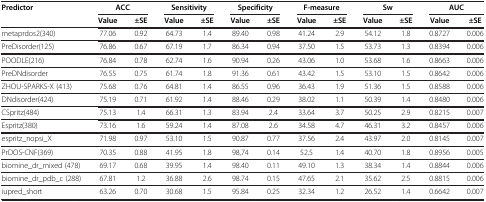
<table><thead><tr><td><b>Predictor</b></td><td colspan="2"><b>ACC</b></td><td colspan="2"><b>Sensitivity</b></td><td colspan="2"><b>Specificity</b></td><td colspan="2"><b>F-measure</b></td><td colspan="2"><b>Sw</b></td><td colspan="2"><b>AUC</b></td></tr><tr><td><b> </b></td><td><b>Value</b></td><td><b>±SE</b></td><td><b>Value</b></td><td><b>±SE</b></td><td><b>Value</b></td><td><b>±SE</b></td><td><b>Value</b></td><td><b>±SE</b></td><td><b>Value</b></td><td><b>±SE</b></td><td><b>Value</b></td><td><b>±SE</b></td></tr></thead><tbody><tr><td>metaprdos2(340)</td><td>77.06</td><td>0.92</td><td>64.73</td><td>1.4</td><td>89.40</td><td>0.98</td><td>41.24</td><td>2.9</td><td>54.12</td><td>1.8</td><td>0.8727</td><td>0.006</td></tr><tr><td>PreDisorder(125)</td><td>76.86</td><td>0.67</td><td>67.19</td><td>1.7</td><td>86.34</td><td>0.94</td><td>37.50</td><td>1.5</td><td>53.73</td><td>1.3</td><td>0.8394</td><td>0.006</td></tr><tr><td>POODLE(216)</td><td>76.84</td><td>0.78</td><td>62.74</td><td>1.6</td><td>90.94</td><td>0.26</td><td>43.06</td><td>1.0</td><td>53.68</td><td>1.6</td><td>0.8663</td><td>0.006</td></tr><tr><td>PreDNdisorder</td><td>76.55</td><td>0.75</td><td>61.74</td><td>1.8</td><td>91.36</td><td>0.61</td><td>43.42</td><td>1.5</td><td>53.10</td><td>1.5</td><td>0.8642</td><td>0.006</td></tr><tr><td>ZHOU-SPARKS-X (413)</td><td>75.68</td><td>0.76</td><td>64.81</td><td>1.4</td><td>86.55</td><td>0.96</td><td>36.43</td><td>1.9</td><td>51.36</td><td>1.5</td><td>0.8588</td><td>0.006</td></tr><tr><td>DNdisorder(424)</td><td>75.19</td><td>0.71</td><td>61.92</td><td>1.4</td><td>88.46</td><td>0.29</td><td>38.02</td><td>1.1</td><td>50.39</td><td>1.4</td><td>0.8480</td><td>0.006</td></tr><tr><td>CSpritz(484)</td><td>75.13</td><td>1.4</td><td>66.31</td><td>1.3</td><td>83.94</td><td>2.4</td><td>33.64</td><td>3.7</td><td>50.25</td><td>2.9</td><td>0.8215</td><td>0.007</td></tr><tr><td>Espritz(380)</td><td>73.16</td><td>1.6</td><td>59.24</td><td>1.4</td><td>87.08</td><td>2.6</td><td>34.58</td><td>4.7</td><td>46.31</td><td>3.2</td><td>0.8457</td><td>0.006</td></tr><tr><td>espritz_nopsi_X</td><td>71.98</td><td>0.97</td><td>53.10</td><td>1.5</td><td>90.87</td><td>0.77</td><td>37.56</td><td>2.4</td><td>43.97</td><td>2.0</td><td>0.8145</td><td>0.007</td></tr><tr><td>PrDOS-CNF(369)</td><td>70.35</td><td>0.88</td><td>41.95</td><td>1.8</td><td>98,74</td><td>0.14</td><td>52.5</td><td>1.4</td><td>40.70</td><td>1.8</td><td>0.8956</td><td>0.005</td></tr><tr><td>biomine_dr_mixed (478)</td><td>69.17</td><td>0.68</td><td>39.95</td><td>1.4</td><td>98.40</td><td>0.11</td><td>49.10</td><td>1.3</td><td>38.34</td><td>1.4</td><td>0.8844</td><td>0.006</td></tr><tr><td>biomine_dr_pdb_c (288)</td><td>67.81</td><td>1.2</td><td>36.88</td><td>2.6</td><td>98.74</td><td>0.15</td><td>47.65</td><td>2.1</td><td>35.62</td><td>2.5</td><td>0.8815</td><td>0.006</td></tr><tr><td>iupred_short</td><td>63.26</td><td>0.70</td><td>30.68</td><td>1.5</td><td>95.84</td><td>0.25</td><td>32.34</td><td>1.2</td><td>26.52</td><td>1.4</td><td>0.6642</td><td>0.007</td></tr></tbody></table>